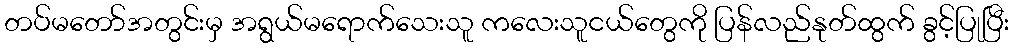
တပ်မတော်အတွင်းမှ အရွယ်မရောက်သေးသူ ကလေးသူငယ်တွေကို ပြန်လည်နုတ်ထွက် ခွင့်ပြုပြီး